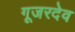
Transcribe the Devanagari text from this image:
गूजरदेव